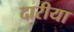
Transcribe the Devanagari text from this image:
दारीया